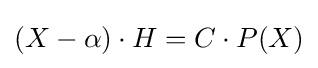
(X-\alpha )\cdot H=C\cdot P(X)